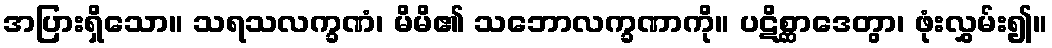
အပြားရှိသော။ သရသလက္ခဏံ၊ မိမိ၏ သဘောလက္ခဏာကို။ ပဋိစ္ဆာဒေတွာ၊ ဖုံးလွှမ်း၍။